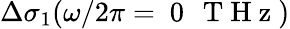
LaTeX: \Delta\sigma_{1}(\omega/2\pi=\mathrm{~0~\, ~T~H~z~})